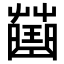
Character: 𧀍